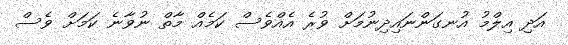
އަދި އިލްމު އުނގަންނައިދިނުމަށް ވުރެ އެއްވެސް ކަމެއް މާތް ނުވާނެ ކަމަށް ވެސް